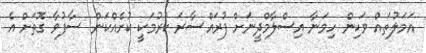
އަމަލުތައް ވަކިން ހިމަނާ އިސްލާމްދީނަށް ފުރައްސާރަ ކުރުމަކީ ކުށެއްކަން ސާފުވާ ގޮތަށް އެ